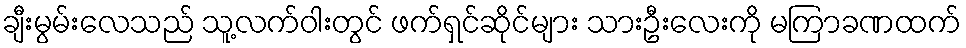
ချီးမွမ်းလေသည် သူ့လက်ဝါးတွင် ဖက်ရှင်ဆိုင်များ သားဦးလေးကို မကြာခဏထက်